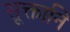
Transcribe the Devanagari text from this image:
सूक्तानि